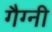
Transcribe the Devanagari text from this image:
गैग्नी